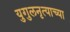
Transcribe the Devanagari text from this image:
युगुलनृत्याच्या